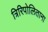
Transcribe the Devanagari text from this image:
त्रिरिपोलिताना